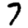
Digit: 7